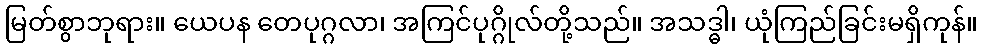
မြတ်စွာဘုရား။ ယေပန တေပုဂ္ဂလာ၊ အကြင်ပုဂ္ဂိုလ်တို့သည်။ အသဒ္ဓါ၊ ယုံကြည်ခြင်းမရှိကုန်။